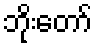
ဘိုးတော်